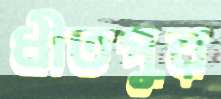
ধীতপুর